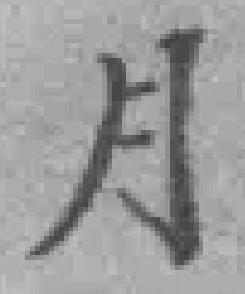
月